Problem: 8 × 8 = ?
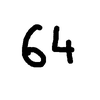
Handwritten answer: 64